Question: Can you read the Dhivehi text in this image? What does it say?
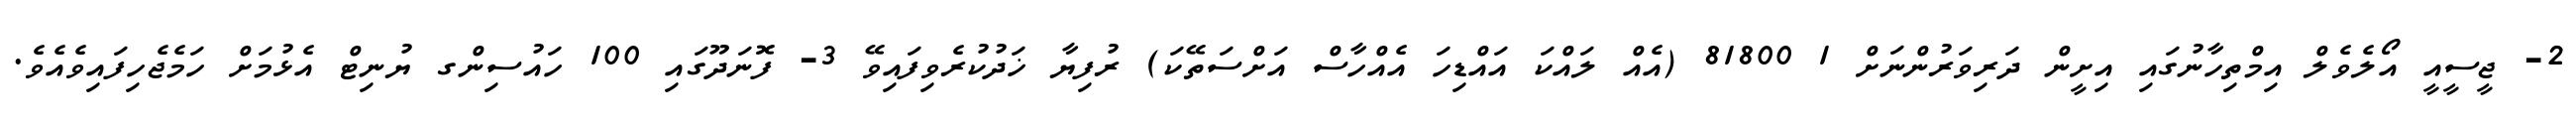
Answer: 2- ޖީސީއީ އޯލެވެލް އިމްތިހާނުގައި އިށީން ދަރިވަރުންނަށް 1 81800 (އެއް ލައްކަ އައްޑިހަ އެއްހާސް އަށްސަތޭކަ) ރުފިޔާ ޚަދުކުރެވިފައިވޭ 3- ފޮނަދޫގައި 100 ހައުސިންގ ޔުނިޓް އެޅުމަށް ހަމެޖެހިފައިވެއެވެ.